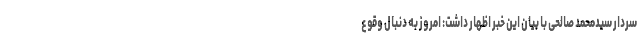
سردار سیدمحمد صالحی با بیان این خبر اظهار داشت: امروز به دنبال وقوع